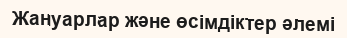
Жануарлар және өсімдіктер әлемі